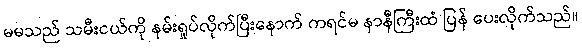
မမသည် သမီးငယ်ကို နမ်းရှုပ်လိုက်ပြီးနောက် ကရင်မ နာနီကြီးထံ ပြန် ပေးလိုက်သည်။